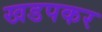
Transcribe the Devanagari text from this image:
खडपकर